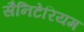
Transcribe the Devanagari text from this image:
सैनिटेरियम